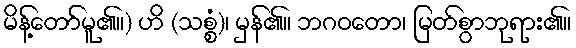
မိန့်တော်မူ၏။) ဟိ (သစ္စံ)၊ မှန်၏။ ဘဂဝတော၊ မြတ်စွာဘုရား၏။